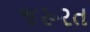
જરૂરત